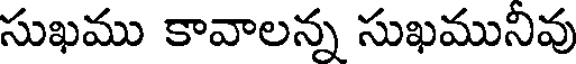
సుఖము కావాలన్న సుఖమునివు